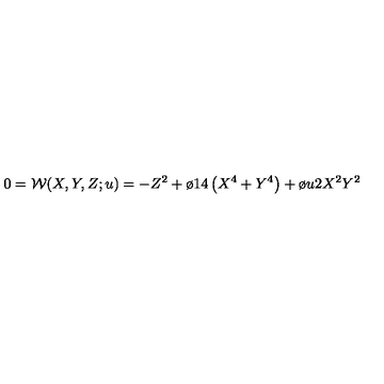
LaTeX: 0 = { \cal W } ( X , Y , Z ; u ) = - Z ^ { 2 } + { \o { 1 } { 4 } } \left( X ^ { 4 } + Y ^ { 4 } \right) + { \o { u } { 2 } } X ^ { 2 } Y ^ { 2 }